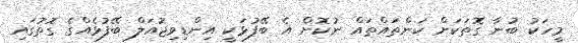
މީހަކު ބުނާ ގޮތަކަށް ކަންތައްތައް ނުކޮށް އެ ބޭފުޅަކީ އިންޑިވިޖުއަލް ބޭފުޅެއްގެ ގޮތުގައި